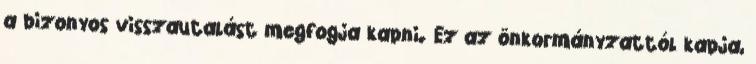
a bizonyos visszautalást megfogja kapni. Ez az önkormányzattól kapja,